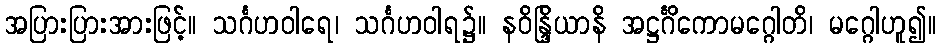
အပြားပြားအားဖြင့်။ သင်္ဂဟဝါရေ၊ သင်္ဂဟဝါရ၌။ နဝိန္ဒြိယာနိ အဋ္ဌင်္ဂိကောမဂ္ဂေါတိ၊ မဂ္ဂေါဟူ၍။